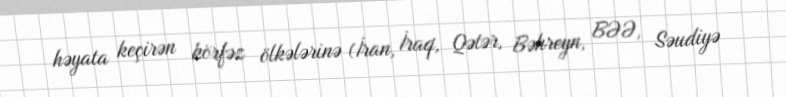
həyata keçirən körfəz ölkələrinə (İran, İraq, Qətər, Bəhreyn, BƏƏ, Səudiyə